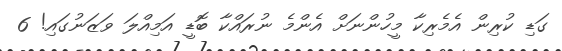
ގަޑި ކުރިން އެމެރިކާ މީހުންނަށް އެންމެ ނުރައްކާ ބޮޑީ އަމިއްލަ ވަޒަނުގައި! 6